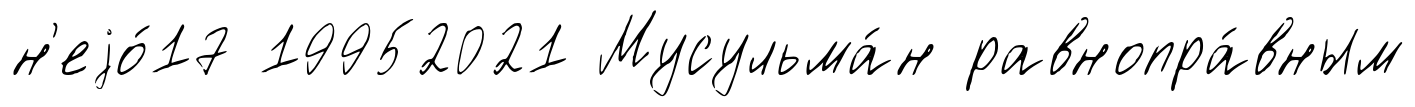
н'еjо́17 19952021 Мусульма́н равнопра́вным